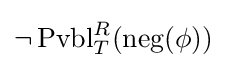
\neg \operatorname {Pvbl} _{T}^{R}({\text{neg}}(\phi ))